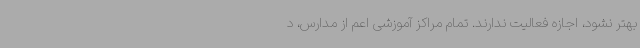
بهتر نشود، اجازه فعالیت ندارند. تمام مراکز آموزشی اعم از مدارس، د